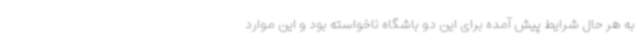
به هر حال شرایط پیش آمده برای این دو باشگاه ناخواسته بود و این موارد